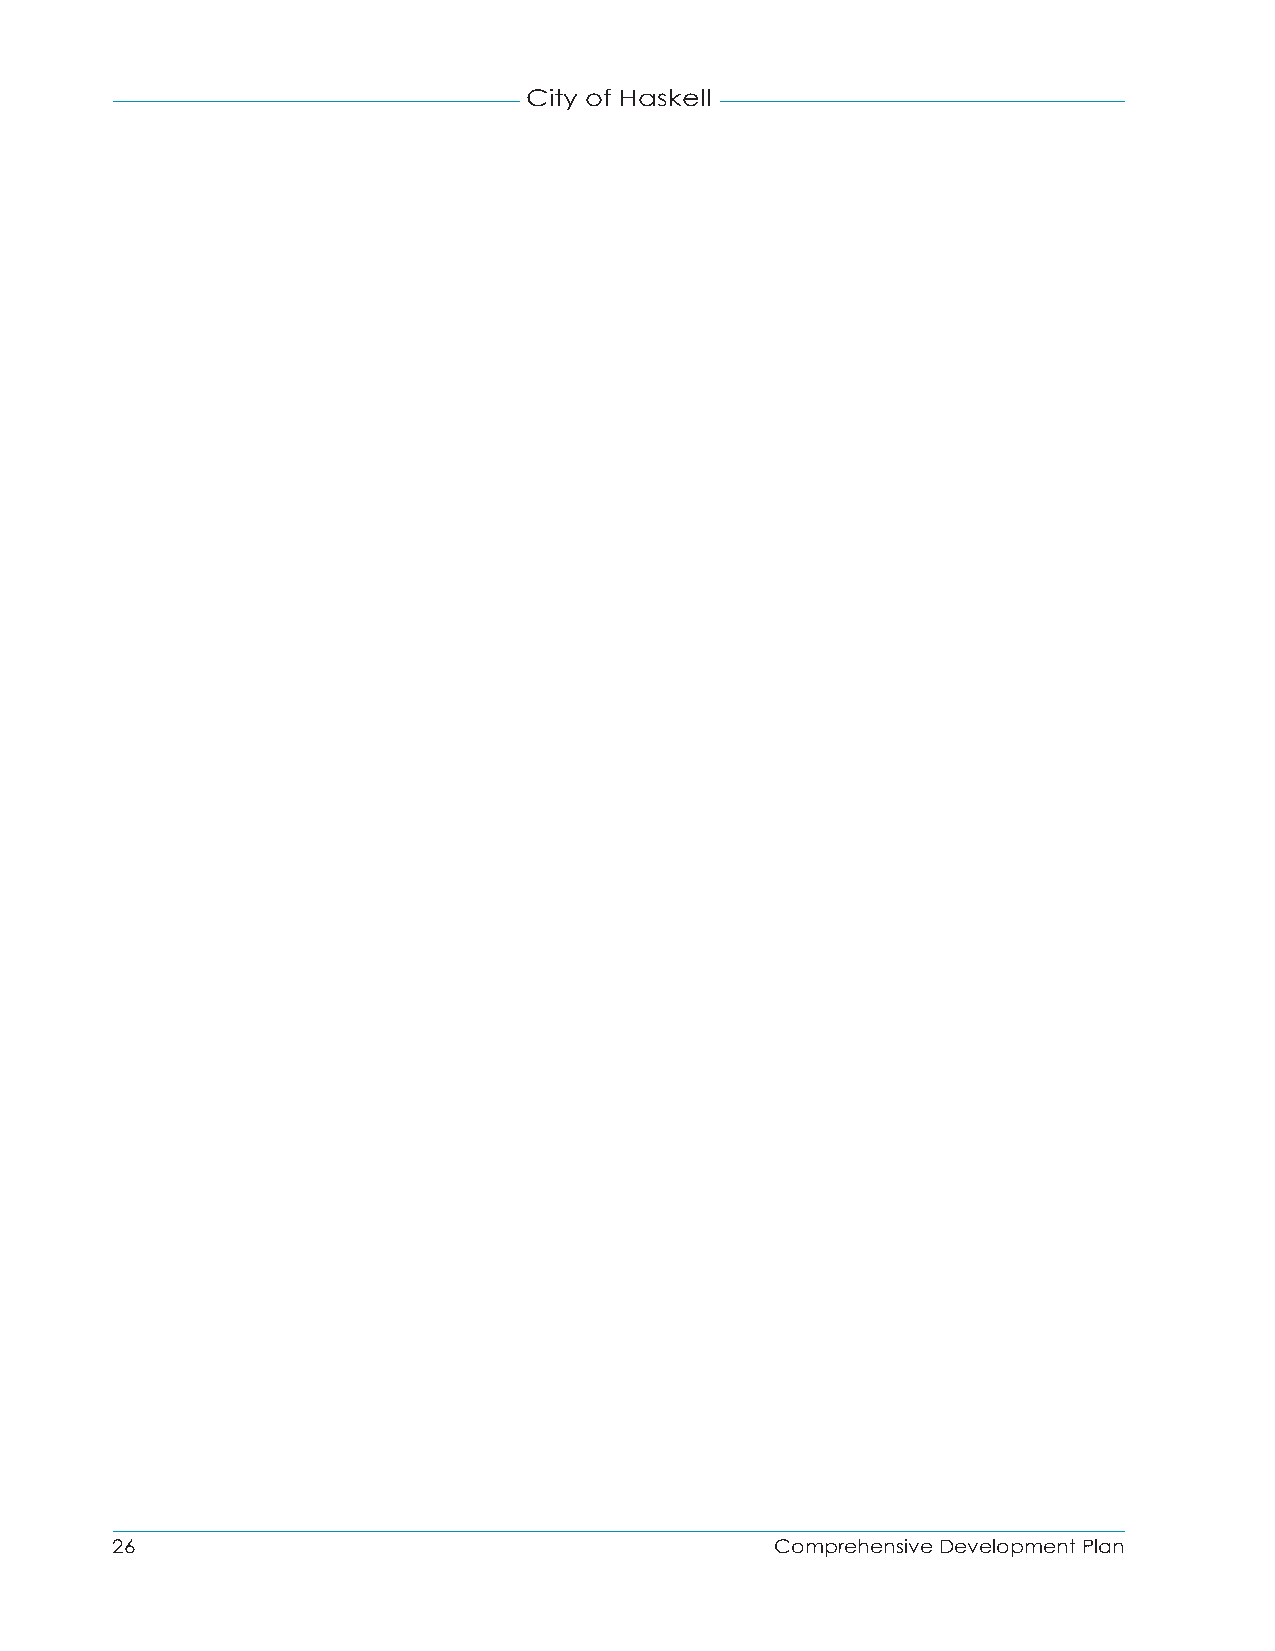
City of Haskell
 26                                          Comprehensive Development Plan